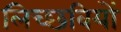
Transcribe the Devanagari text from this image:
लिच्छवियाें